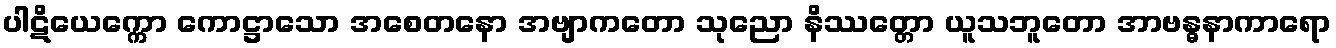
ပါဋိယေက္ကော ကောဋ္ဌာသော အစေတနော အဗျာကတော သုညော နိဿတ္တော ယူသဘူတော အာဗန္ဓနာကာရော